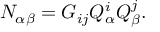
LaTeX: N _ { \alpha \beta } = G _ { i j } Q _ { \alpha } ^ { i } Q _ { \beta } ^ { j } .